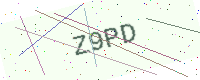
Text: Z9PD